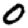
Digit: 0